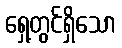
ရှေ့တွင်ရှိသော